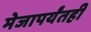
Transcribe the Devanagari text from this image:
मेजापर्यंतही